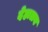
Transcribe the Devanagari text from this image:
देहालय